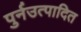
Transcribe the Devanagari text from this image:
पुर्नउत्पादित